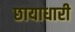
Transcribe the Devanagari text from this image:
छायाधारी